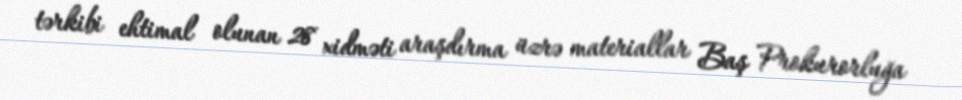
tərkibi ehtimal olunan 28 xidməti araşdırma üzrə materiallar Baş Prokurorluğa